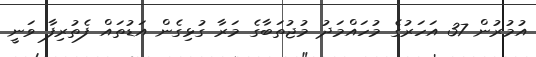
އުމުރުން 37 އަހަރުގެ މުހައްމަދު މުޖުތަބާގެ މަރާ ގުޅިގެން އަޑުތައް ފެތުރިފާ ވަނީ